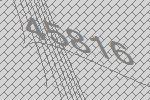
45816